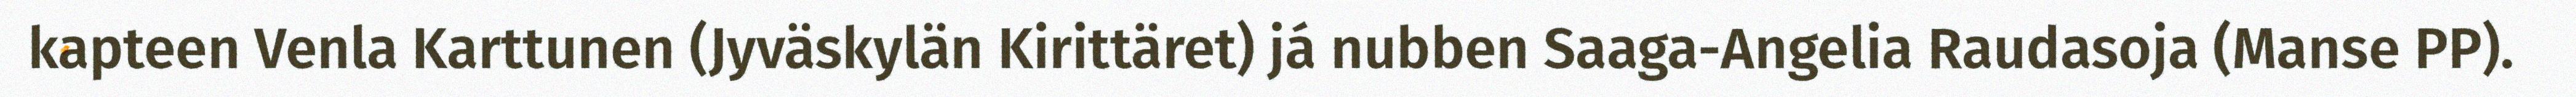
kapteen Venla Karttunen (Jyväskylän Kirittäret) já nubben Saaga-Angelia Raudasoja (Manse PP).